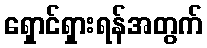
ရှောင်ရှားရန်အတွက်